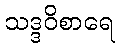
သဒ္ဒဝိစာရေ